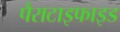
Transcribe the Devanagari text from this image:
पैराटाइफाइड